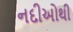
નદીઓથી